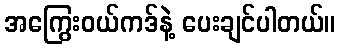
အကြွေးဝယ်ကဒ်နဲ့ ပေးချင်ပါတယ်။